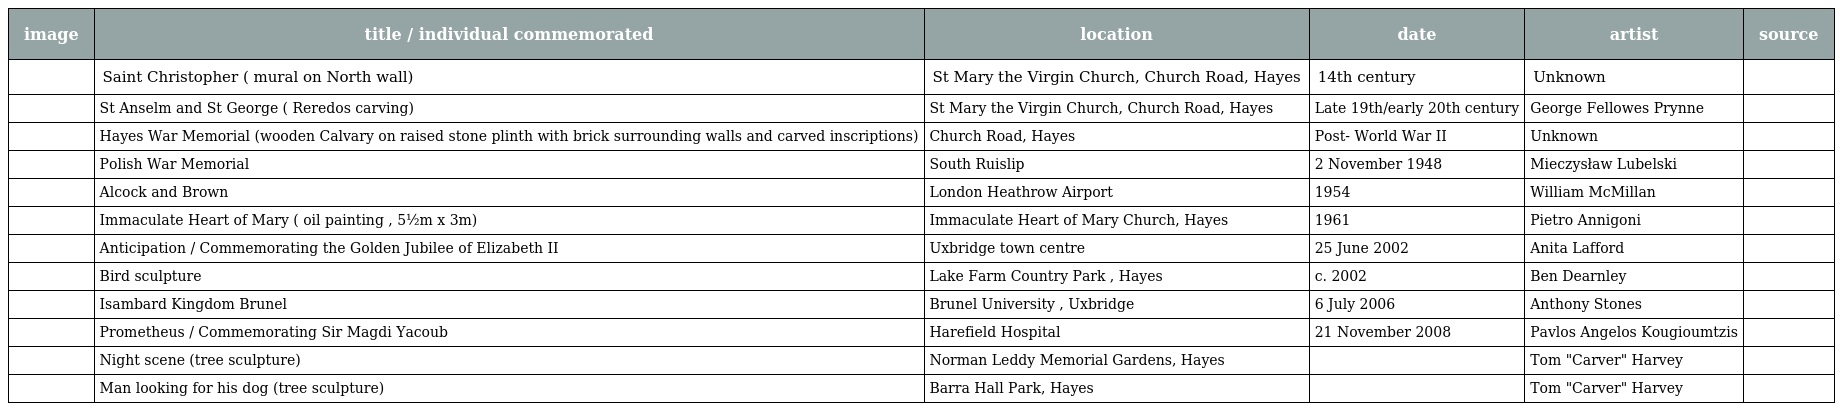
| image | title / individual commemorated | location | date | artist | source |
 | --- | --- | --- | --- | --- | --- |
 |  | Saint Christopher ( mural on North wall) | St Mary the Virgin Church, Church Road, Hayes | 14th century | Unknown |  |
 |  | St Anselm and St George ( Reredos carving) | St Mary the Virgin Church, Church Road, Hayes | Late 19th/early 20th century | George Fellowes Prynne |  |
 |  | Hayes War Memorial (wooden Calvary on raised stone plinth with brick surrounding walls and carved inscriptions) | Church Road, Hayes | Post- World War II | Unknown |  |
 |  | Polish War Memorial | South Ruislip | 2 November 1948 | Mieczysław Lubelski |  |
 |  | Alcock and Brown | London Heathrow Airport | 1954 | William McMillan |  |
 |  | Immaculate Heart of Mary ( oil painting , 5½m x 3m) | Immaculate Heart of Mary Church, Hayes | 1961 | Pietro Annigoni |  |
 |  | Anticipation / Commemorating the Golden Jubilee of Elizabeth II | Uxbridge town centre | 25 June 2002 | Anita Lafford |  |
 |  | Bird sculpture | Lake Farm Country Park , Hayes | c. 2002 | Ben Dearnley |  |
 |  | Isambard Kingdom Brunel | Brunel University , Uxbridge | 6 July 2006 | Anthony Stones |  |
 |  | Prometheus / Commemorating Sir Magdi Yacoub | Harefield Hospital | 21 November 2008 | Pavlos Angelos Kougioumtzis |  |
 |  | Night scene (tree sculpture) | Norman Leddy Memorial Gardens, Hayes |  | Tom "Carver" Harvey |  |
 |  | Man looking for his dog (tree sculpture) | Barra Hall Park, Hayes |  | Tom "Carver" Harvey |  |